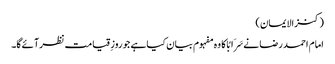
(کنزالایمان)
امام احمد رضا نےسَرَابًا کا وہ مفہوم بیان کیاہے جو روزِقیامت نظرآئےگا۔